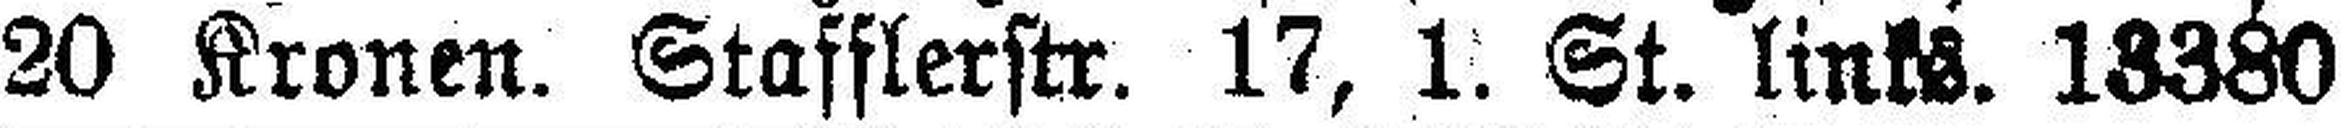
20 Kronen. Stafflerstr. 17, 1. St. links, 13380